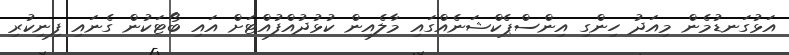
އަޅުގަނޑުމެން މިއަދު ހިންގި އިންސްޕެކްޝަނެއްގައި މާލެއިން ކުޅުދުއްފުއްޓަށް އައި ބޯޓަކުން ގެނައި ފިނިކުރި